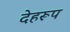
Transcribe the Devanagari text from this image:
देहरूप